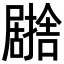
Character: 𭕹